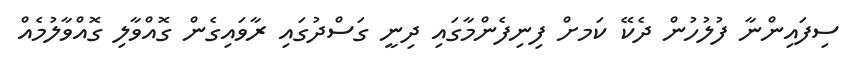
ސިފައިންނާ ފުލުހުން ދެކޭ ކަމށް ފިނިފެންމާގައި ދިނީ ގަސްދުގައި ރާވައިގެން ގޮއްވާލި ގޮއްވާލުމެއް